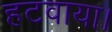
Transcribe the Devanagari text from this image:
हटवाया।